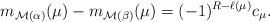
LaTeX: \begin{align*} m_{\mathcal{M}(\alpha)}(\mu)-m_{\mathcal{M}(\beta)}(\mu)=(-1)^{R-\ell(\mu)}c_\mu.\end{align*}